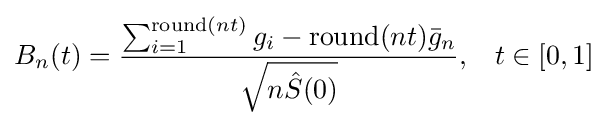
B_{n}(t)={\dfrac {\sum _{i=1}^{{\text{round}}(nt)}g_{i}-{\text{round}}(nt){\bar {g}}_{n}}{\sqrt {n{\hat {S}}(0)}}},\;\;\;t\in [0,1]